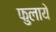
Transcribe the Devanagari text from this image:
फुलाये